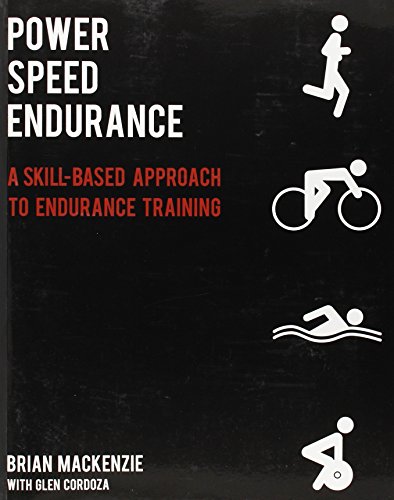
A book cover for Power Speed ENDURANCE: A Skill-Based Approach to Endurance Training; Brian MacKenzie; Health, Fitness & Dieting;